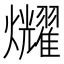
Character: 𤓛